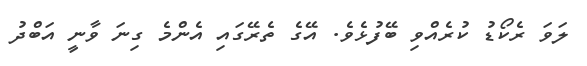
ލަވަ ރެކޯޑު ކުރެއްވި ބޭފުޅެވެ. އޭގެ ތެރޭގައި އެންމެ ގިނަ ވާނީ އަބްދު